Lunatic asylums Madras 1877-1891 - 1877-1891
Year: 1877
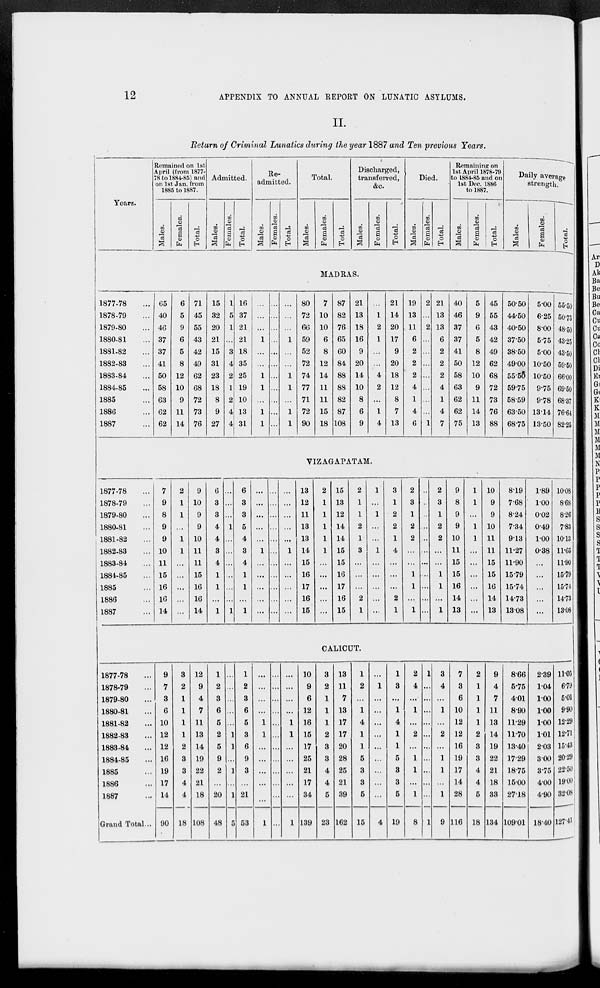
12
APPENDIX TO ANNUAL REPORT ON LUNATIC ASYLUMS.
II.
Return of Criminal Lunatics during the year 1887 and Ten previous Years.
Years.
Remained on 1st
April (from 1877-
78 to 1884-85) and
on 1st Jan. from
1885 to 1887.
Males.
Females.
Total.
Admitted.
Males.
Females.
Total.
Re-
admitted.
Males.
Females.
Total.
Total.
Males.
Females.
Total.
Discharged,
transferred,
&c.
Males.
Females.
Total.
Died.
Males.
Females.
Total.
Remaining on
1st April 1878-79
to 1884-85 and on
1st Dec. 1886
to 1887.
Males.
Females.
Total.
Daily average
strength.
Males.
Females.
Total.
MADRAS.
1877-78 ...
1878-79 ...
1879-80 ...
1880-81 ...
1881-82 ...
1882-83 ...
1883-84 ...
1884-85 ...
1885 ...
1886 ...
1887 ...
65
40
46
37
37
41
50
58
63
62
62
6
5
9
6
5
8
12
10
9
11
14
71
45
55
43
42
49
62
68
72
73
76
15
32
20
21
15
31
23
18
8
9
27
1
5
1
...
3
4
2
1
2
4
4
16
37
21
21
18
35
25
19
10
13
31
...
...
...
1
...
...
1
1
...
1
1
...
...
...
...
...
...
...
...
...
...
...
...
...
...
1
...
...
1
1
...
1
1
80
72
66
59
52
72
74
77
71
72
90
7
10
10
6
8
12
14
11
11
15
18
87
82
76
65
60
84
88
88
82
87
108
21
13
18
16
9
20
14
10
8
6
9
...
1
2
1
...
...
4
2
...
1
4
21
14
20
17
9
20
18
12
8
7
13
19
13
11
6
2
2
2
4
1
4
6
2
...
2
...
...
...
...
...
...
...
1
21
13
13
6
2
2
2
4
1
4
7
40
46
37
37
41
50
58
63
62
62
75
5
9
6
5
8
12
10
9
11
14
13
45
55
43
42
49
62
68
72
73
76
88
50.50
44.50
40.50
37.50
38.50
49.00
55.50
59.75
58.59
63.50
68.75
5.00
6.25
8.00
5.75
5.00
10.50
10.50
9.75
9.78
13.14
13.50
55.50
50.75
48.50
43.25
43.50
59.50
66.00
69.50
68.37
76.64
82.25
VIZAGAPATAM.
1877-78 ...
1878-79 ...
1879-80 ...
1880-81 ...
1881-82 ...
1882-83 ...
1883-84 ...
1884-85 ...
1885 ...
1886 ...
1887 ...
7
9
8
9
9
10
11
15
16
16
14
2
1
1
...
1
1
...
...
...
...
...
9
10
9
9
10
11
11
15
16
16
14
6
3
3
4
4
3
4
1
1
...
1
...
...
...
1
...
...
...
...
...
...
1
6
3
3
5
4
3
4
1
1
...
1
...
...
...
...
...
1
...
...
...
...
...
...
...
...
...
...
...
...
...
...
...
...
...
...
...
...
...
1
...
...
...
...
...
13
12
11
13
13
14
15
16
17
16
15
2
1
1
1
1
1
...
...
...
...
...
15
13
12
14
14
15
15
16
17
16
15
2
1
1
2
1
3
...
...
...
2
1
1
...
1
...
...
1
...
...
...
...
...
3
1
2
2
1
4
...
...
...
2
1
2
3
1
2
2
...
...
1
1
...
1
...
...
...
...
...
...
...
...
...
...
...
2
3
1
2
2
...
...
1
1
...
1
9
8
9
9
10
11
15
15
16
14
13
1
1
...
1
1
...
...
...
...
...
...
10
9
9
10
11
11
15
15
16
14
13
8.19
7.68
8.24
7.34
9.13
11.27
11.90
15.79
15.74
14.73
13.08
1.89
1.00
0.02
0.49
1.00
0.38
...
...
...
...
...
10.08
8.68
8.26
7.83
10.13
11.65
11.90
15.79
15.74
14.73
13.08
CALICUT.
1877-78 ...
1878-79 ...
1879-80 ...
1880-81 ...
1881-82 ...
1882-83
...
1883-84 ...
1884-85 ...
1885 ...
1886 ...
1887 ...
Grand Total ...
9
7
3
6
10
12
12
16
19
17
14
90
3
2
1
1
1
1
2
3
3
4
4
18
12
9
4
7
11
13
14
19
22
21
18
108
1
2
3
6
5
2
5
9
2
...
20
48
...
...
...
...
...
1
1
...
1
...
1
5
1
2
3
6
5
3
6
9
3
...
21
53
...
...
...
...
1
1
...
...
...
...
...
1
...
...
...
...
...
...
...
...
...
...
...
...
...
...
...
...
1
1
...
...
...
...
...
1
10
9
6
12
16
15
17
25
21
17
34
139
3
2
1
1
1
2
3
3
4
4
5
23
13
11
7
13
17
17
20
28
25
21
39
162
1
2
...
1
4
1
1
5
3
3
5
15
...
1
...
...
...
...
...
...
...
...
...
4
1
3
...
1
4
1
1
5
3
3
5
19
2
4
...
1
...
2
...
1
1
...
1
8
1
...
...
...
...
...
...
...
...
...
...
1
3
4
...
1
...
2
...
1
1
...
1
9
7
3
6
10
12
12
16
19
17
14
28
116
2
1
1
1
1
2
3
3
4
4
5
18
9
4
7
11
13
14
19
22
21
18
33
134
8.66
5.75
4.01
8.90
11.29
11.70
13.40
17.29
18.75
15.00
27.18
109.01
2.39
1.04
1.00
1.00
1.00
1.01
2.03
3.00
3.75
4.00
4.90
18.40
11.05
6.79
5.01
9.90
12.29
12.71
15.43
20.29
22.50
19.00
32.08
127.41